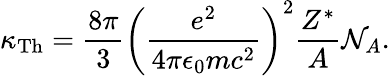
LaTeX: \kappa_{\mathrm{Th}}=\frac{8\pi}{3}\left(\frac{e^{2}}{4\pi\epsilon_{0}mc^{2}}\right)^{2}\frac{Z^{*}}{A}\mathcal{N}_{A}.